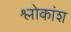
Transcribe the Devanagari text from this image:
श्लोकांश